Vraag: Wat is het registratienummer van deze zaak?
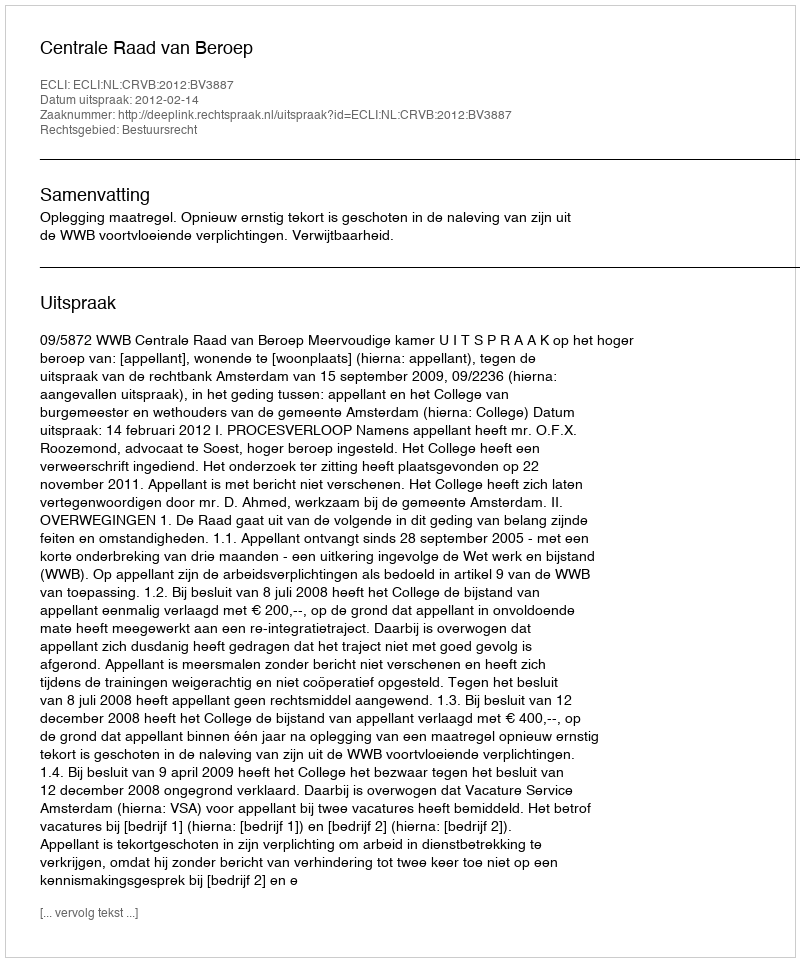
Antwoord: http://deeplink.rechtspraak.nl/uitspraak?id=ECLI:NL:CRVB:2012:BV3887